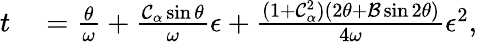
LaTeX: \begin{array}{rl}{t}&{{}=\frac{\theta}{\omega}+\frac{\mathcal{C}_{\alpha}\sin\theta}{\omega}\epsilon+\frac{(1+\mathcal{C}_{\alpha}^{2})\left(2\theta+\mathcal{B}\sin 2\theta\right)}{4\omega}\epsilon^{2},}\end{array}